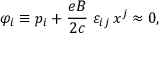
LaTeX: \varphi _ { i } \equiv p _ { i } + \frac { e B } { 2 c } \; \varepsilon _ { i j } \, x ^ { j } \approx 0 ,